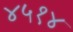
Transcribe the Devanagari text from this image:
४५१४